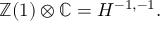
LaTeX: \mathbb { Z } ( 1 ) \otimes \mathbb { C } = H ^ { - 1 , - 1 } .